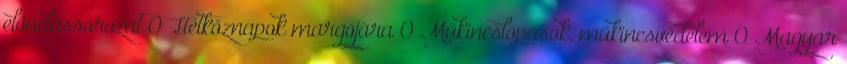
előadássorozat 0 Hétköznapok margójára 0 Műkincslopások, műkincsvédelem 0 Magyar